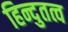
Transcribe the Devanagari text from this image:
हिन्दुतत्व